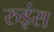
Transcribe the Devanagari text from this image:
रुइंस